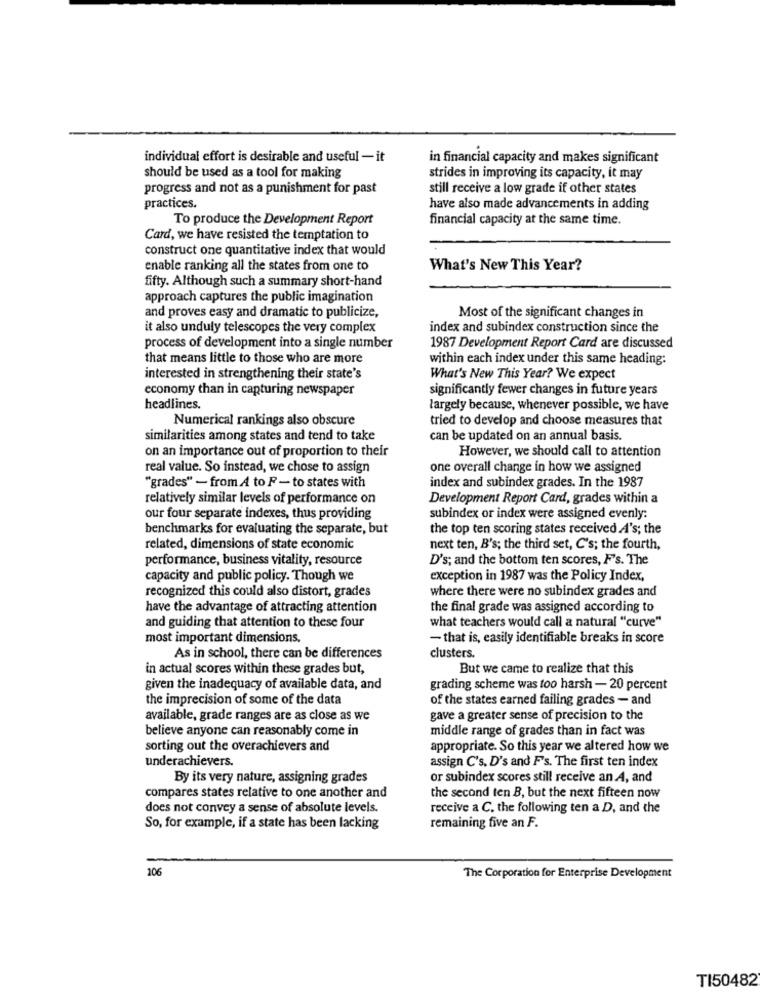
individual effort is desirable and useful - it
in financial capacity and makes significant
should be used as a tool for making
strides in improving its capacity, it may
progress and not as a punishment for past
still receive a low grade if other states
practices.
have also made advancements in adding
To produce the Development Report
financial capacity at the same time.
Card, we have resisted the temptation to
construct one quantitative index that would
enable ranking all the states from one to
What's New This Year?
fifty. Although such a summary short-hand
approach captures the public imagination
and proves easy and dramatic to publicize,
Most of the significant changes in
it also unduly telescopes the very complex
index and subindex construction since the
process of development into a single number
1987 Development Report Card are discussed
that means little to those who are more
within each index under this same heading:
interested in strengthening their state's
What's New This Year? We expect
economy than in capturing newspaper
significantly fewer changes in future years
headlines.
largely because, whenever possible, we have
Numerical rankings also obscure
tried to develop and choose measures that
similarities among states and tend to take
can be updated on an annual basis.
on an importance out of proportion to their
However, we should call to attention
real value. So instead, we chose to assign
one overall change in how we assigned
"grades" - from A to F- to states with
index and subindex grades. In the 1987
relatively similar levels of performance on
Development Report Card, grades within a
our four separate indexes, thus providing
subindex or index were assigned evenly:
benchmarks for evaluating the separate, but
the top ten scoring states received A's; the
related, dimensions of state economic
next ten, B's; the third set, C's; the fourth,
performance, business vitality, resource
D's; and the bottom ten scores, F's. The
capacity and public policy. Though we
exception in 1987 was the Policy Index,
recognized this could also distort, grades
where there were no subindex grades and
have the advantage of attracting attention
the final grade was assigned according to
and guiding that attention to these four
what teachers would call a natural "curve"
most important dimensions.
- that is, easily identifiable breaks in score
As in school, there can be differences
clusters.
in actual scores within these grades but,
But we came to realize that this
given the inadequacy of available data, and
grading scheme was too harsh - 20 percent
the imprecision of some of the data
of the states earned failing grades - and
available, grade ranges are as close as we
gave a greater sense of precision to the
believe anyone can reasonably come in
middle range of grades than in fact was
sorting out the overachievers and
appropriate. So this year we altered how we
underachievers.
assign C's, D's and F's. The first ten index
By its very nature, assigning grades
or subindex scores still receive an A, and
compares states relative to one another and
the second ten B, but the next fifteen now
does not convey a sense of absolute levels.
receive a C. the following ten a D, and the
So, for example, if a state has been lacking
remaining five an F.
106
The Corporation for Enterprise Development
TI50482